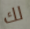
لك